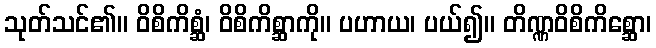
သုတ်သင်၏။ ဝိစိကိစ္ဆံ၊ ဝိစိကိစ္ဆာကို။ ပဟာယ၊ ပယ်၍။ တိဏ္ဏဝိစိကိစ္ဆော၊